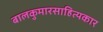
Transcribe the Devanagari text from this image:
बालकुमारसाहित्यकार